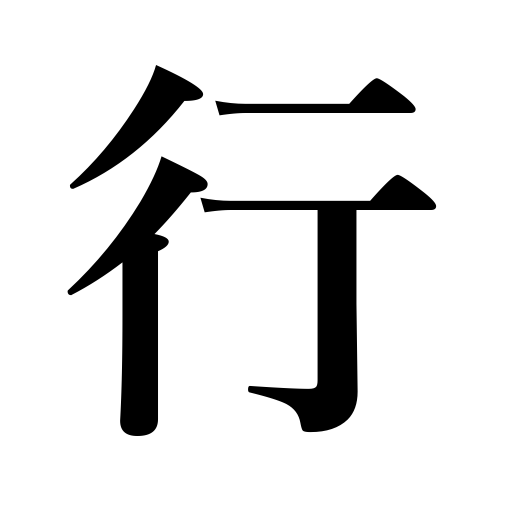
Meanings: carry out,run water,conduct school,expedition,party,exercise control,religious austerities.,line,do,act,perform,go,journey,row,hold a ceremony,suite,conduct oneself